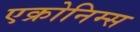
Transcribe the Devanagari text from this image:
एक्रोनिम्स